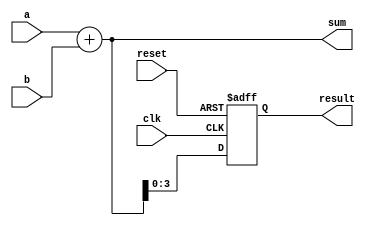
module example_module (
    input wire clk,           // Clock input
    input wire reset,         // Reset input
    input wire [3:0] a,      // 4-bit input a
    input wire [3:0] b,      // 4-bit input b
    output reg [4:0] sum,     // 5-bit output for sum
    output reg [3:0] result   // 4-bit output for result
);

// Combinational logic using always @*
always @* begin
    sum = a + b; // Sum of inputs a and b
end

// Synchronous logic using always @(posedge clk)
always @(posedge clk or posedge reset) begin
    if (reset) begin
        result <= 4'b0000; // Reset result to 0
    end else begin
        result <= sum[3:0]; // Update result with the lower 4 bits of sum
    end
end

endmodule